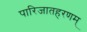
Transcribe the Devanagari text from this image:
पारिजातहरणम्